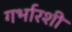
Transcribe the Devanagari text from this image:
गर्भारशी